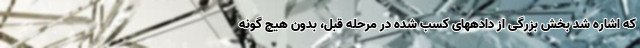
که اشاره شد بخش بزرگی از دادههای کسب شده در مرحله قبل، بدون هیچ گونه